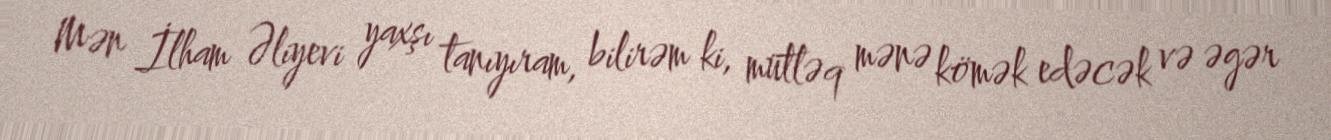
Mən İlham Əliyevi yaxşı tanıyıram, bilirəm ki, mütləq mənə kömək edəcək və əgər